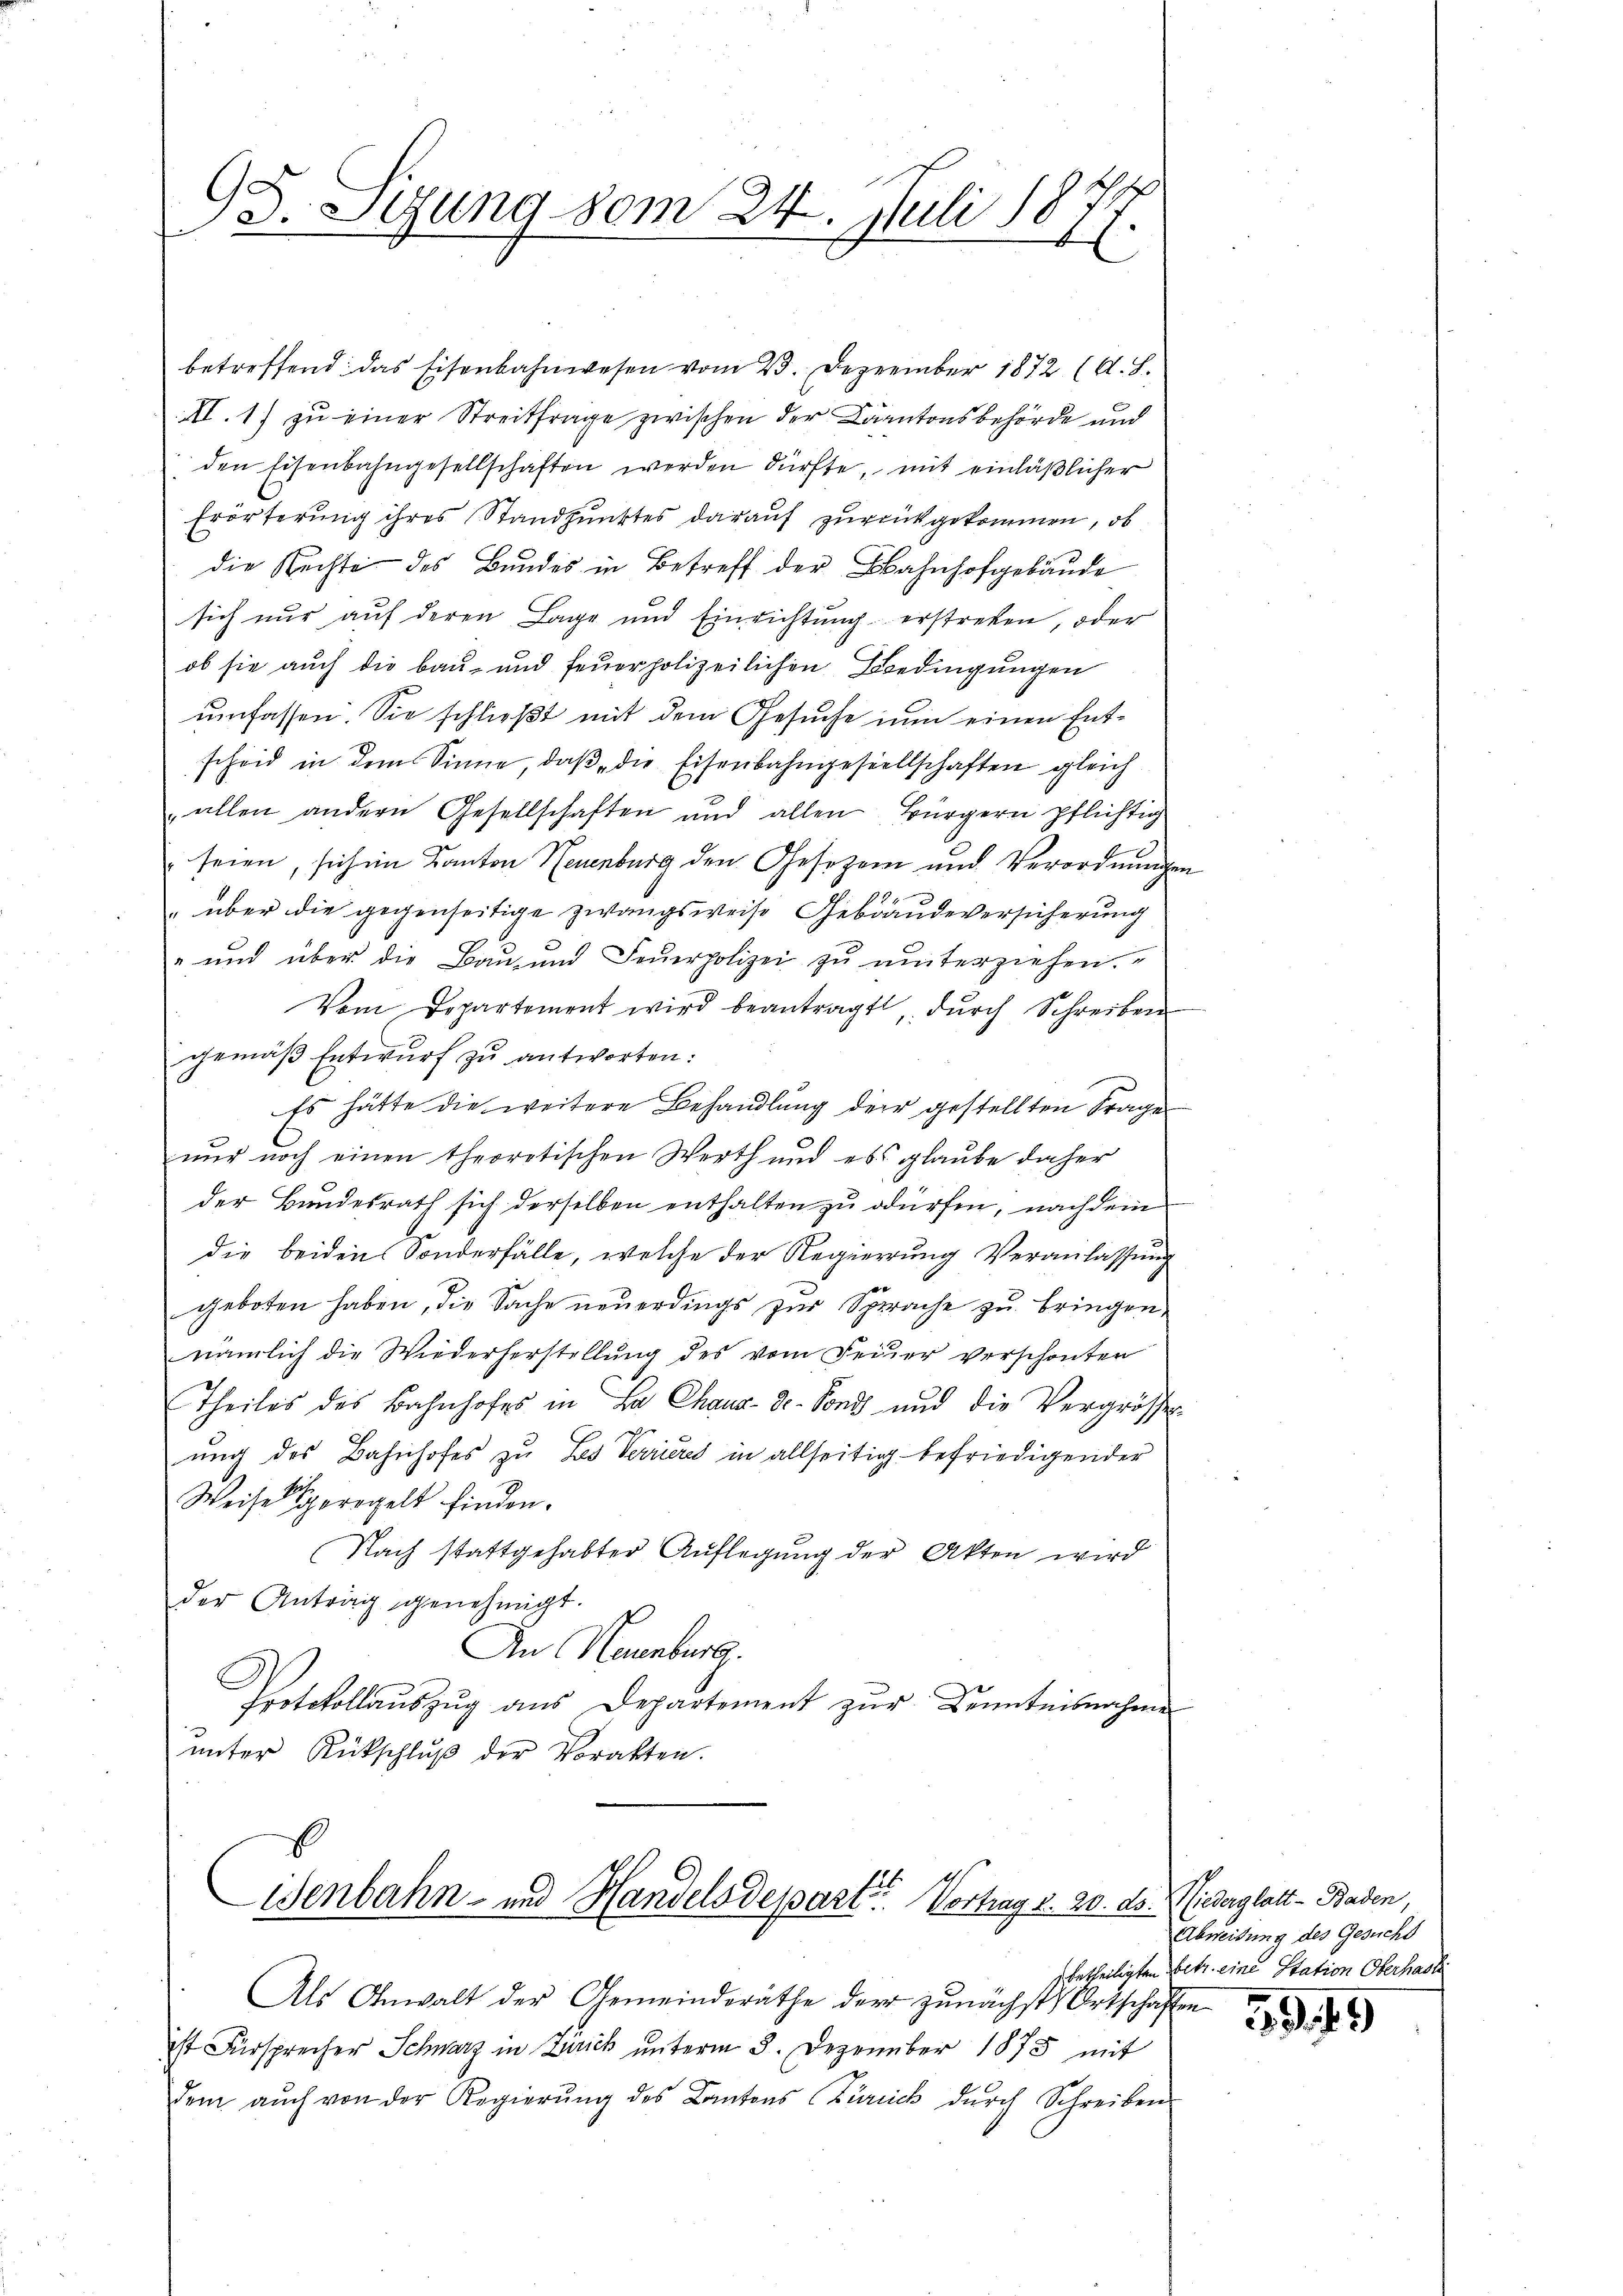
GG. Stung vom 24. Juli 18
¬
¬
E

betreffend das Eisenbahnwesen vom 23. Dezember 1872 (A. L.
XI. 1) zu einer Streitfrage zwischen der Cantonsbehörde und
den Eisenbahngesellschaften werden dürfte, mit einläßlicher
Erörterung ihres Standpunktes darauf zurückgekommen, ob
die Rechte des Bundes in Betreff der Bahnhofgebäude
sich nur auf deren Lage und Einrichtŭng erstreben, oder
ob sie auch die Bau- und feuerpolizeilichen Bedingungen
umfassen. Sie schließt mit dem Gesuche nun einen Entscheid in dem Sinne, daβ die Eisenbahngesellschaften gleich
„allen andern Gesellschaften und allen Bürgern pflichtig
seien, sich im Kanton Neuenburg den Gesezen und Verordnungen
" über die gegenseitige zwangsweise Gebraudeversicherung
" und über die Bau- und Feuerpolizei zu unterziehen.
Vom Departement wird beantragt dŭrch Schreiben
gemäβ Entwurf zu antworten:
Es hätte die weitere Behandlung der gestellten Frage
nur noch einen theoretischen Werth und ess glaube daher
der Bundesrath sich derselben enthalten zu dürfen, nachdem
die beiden Sonderfälle, welche der Regierung Veranlassung
geboten haben, die Sache neuerdings zur Sprache zu bringen,
nämlich die Wiederherstellŭng des vom Feier verschonten
Theiles des Bahnhofes in La Chaus Dr. Sond und die Vergrösse
ung des Bahnhofes zu Les Verrieres in allseitig befriedigender
Weise geregelt finden.
Nach stattgehabter Auflegŭng der Akten wird
der Antrag genehmigt.
An Neuenburg.
Protokollaŭszŭg aŭs Departement zŭr Kenntnisnahme
ŭnter Rückschlŭβ der Vorakten.
E

Wenbahn- und Handelsdeparte Vortrag d. 20. ds. Niederglatt - Baden,

Als Anwalt der Gemeinderäthe der zunächst Ortschafte
ist Fürsprecher Schwarz in Zürich unterm 3. Dezember 1875 mit
dem aŭch von der Regierŭng des Kantons Zürich dŭrch Schreiben

Abweisung des Gesucht
betheiligten Betr. eine Station Oberhasle

5949